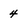
Character: 4